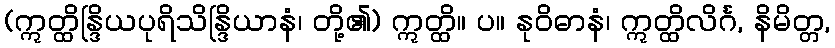
(ဣတ္ထိန္ဒြိယပုရိသိန္ဒြိယာနံ၊ တို့၏) ဣတ္ထိ။ ပ။ နုဝိဓာနံ၊ ဣတ္ထိလိင်္ဂ, နိမိတ္တ,